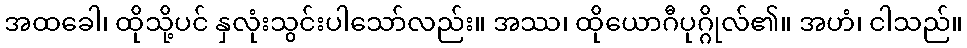
အထခေါ၊ ထိုသို့ပင် နှလုံးသွင်းပါသော်လည်း။ အဿ၊ ထိုယောဂီပုဂ္ဂိုလ်၏။ အဟံ၊ ငါသည်။